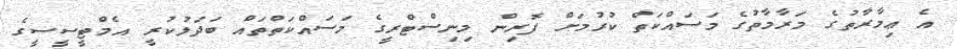
އެ ޢިމާރާތުގެ މަރާމާތުގެ މަސައްކަތް ކުރުމަށް ފޮރިން މިނިސްޓްރީގެ މަސައްކަތްތައް ބަދަލުކުރީ އެމްޓީސީސީގެ